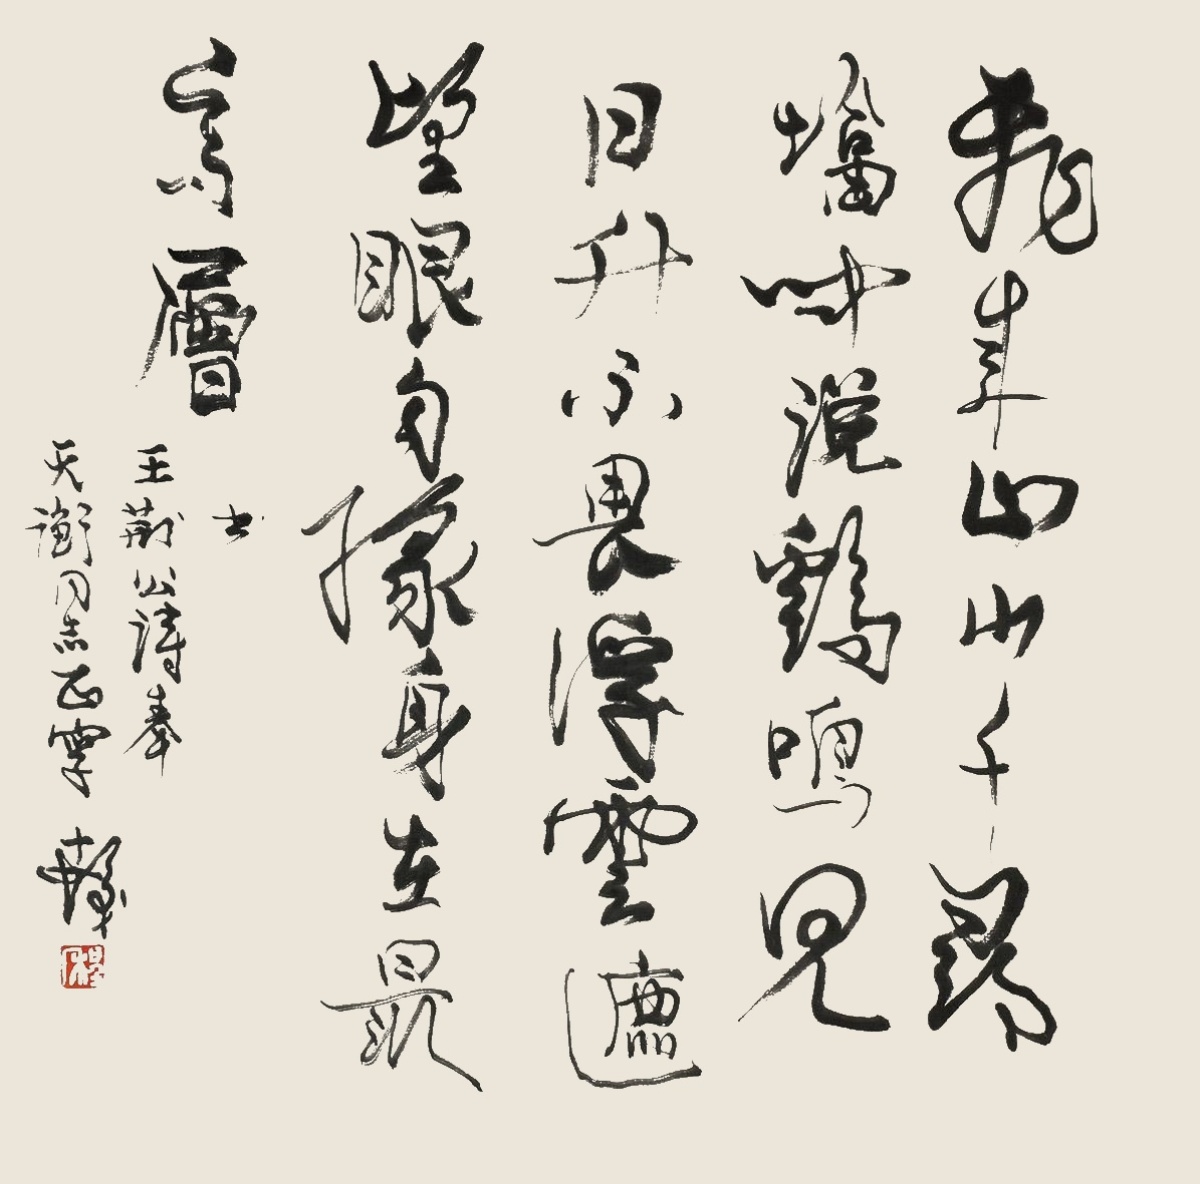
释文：飞来山上千寻塔，闻说鸡鸣见日升。不畏浮云遮望眼，自缘身在最高层。王荆公诗奉天衡同志正字，十发。